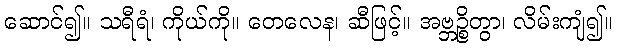
ဆောင်၍။ သရီရံ၊ ကိုယ်ကို။ တေလေန၊ ဆီဖြင့်။ အဗ္ဘဉ္စိတွာ၊ လိမ်းကျံ၍။